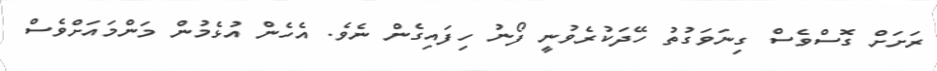
ރަށަށް ގޮސްވެސް ގިނަވަގުތު ހޭދަކުރެވުނީ ފޯނު ހިފައިގެން ނެވެ. އެހެން އުޅެމުން މަންމައަށްވެސް